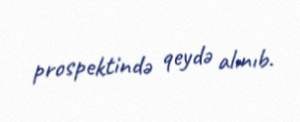
prospektində qeydə alınıb.